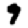
Digit: 9